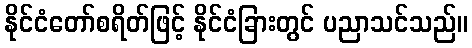
နိုင်ငံတော်စရိတ်ဖြင့် နိုင်ငံခြားတွင် ပညာသင်သည်။